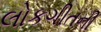
લોકગીતની